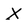
Character: x